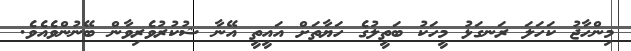
މިންހާޖު ކަހަލަ ރަނގަޅު މީހަކު ބަތީލުގެ ހަޔާތަށް އައީތީ އޭނާ ޝުކުރުވެރިވާން ބޭނުންވެއެވެ.